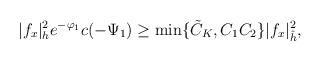
LaTeX: \begin{align*} |f_x|^2_h e^{-\varphi_1}c(-\Psi_1) \ge \min\{\tilde{C}_K,C_1C_2\}|f_x|^2_{\hat{h}}, \end{align*}